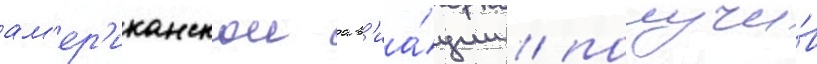
ам'ер'иканскои ав'иа́ции / получи́в